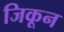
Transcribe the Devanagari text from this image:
जिकून